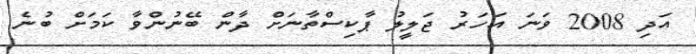
އަދި 2008 ވަނަ އަހަރު ޖަލީލު ޕާކިސްތާނަށް ދާން ބޭނުންވާ ކަމަށް ބުނެ